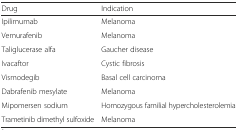
<table><thead><tr><td><b>Drug</b></td><td><b>Indication</b></td></tr></thead><tbody><tr><td>Ipilimumab</td><td>Melanoma</td></tr><tr><td>Vemurafenib</td><td>Melanoma</td></tr><tr><td>Taliglucerase alfa</td><td>Gaucher disease</td></tr><tr><td>Ivacaftor</td><td>Cystic fibrosis</td></tr><tr><td>Vismodegib</td><td>Basal cell carcinoma</td></tr><tr><td>Dabrafenib mesylate</td><td>Melanoma</td></tr><tr><td>Mipomersen sodium</td><td>Homozygous familial hypercholesterolemia</td></tr><tr><td>Trametinib dimethyl sulfoxide</td><td>Melanoma</td></tr></tbody></table>